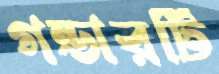
গন্ডারটি